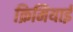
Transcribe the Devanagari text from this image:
क्रिमियाई